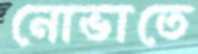
নোভাতে